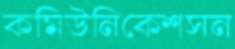
কমিউনিকেশসন